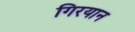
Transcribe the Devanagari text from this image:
गिरयान